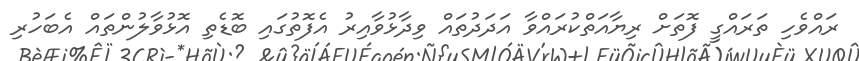
ރައްވެހި ތަރައްގީ ފޮތަށް ރިޔާއަތްކުރައްވާ އަދަދުތައް ވިދާޅުވާއިރު އެފޮތުގައި ބޮޑެތި އޮޅުވާލުންތައް އެބަހުރި